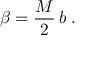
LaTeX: \beta = \frac { M } { 2 } \, b \; .